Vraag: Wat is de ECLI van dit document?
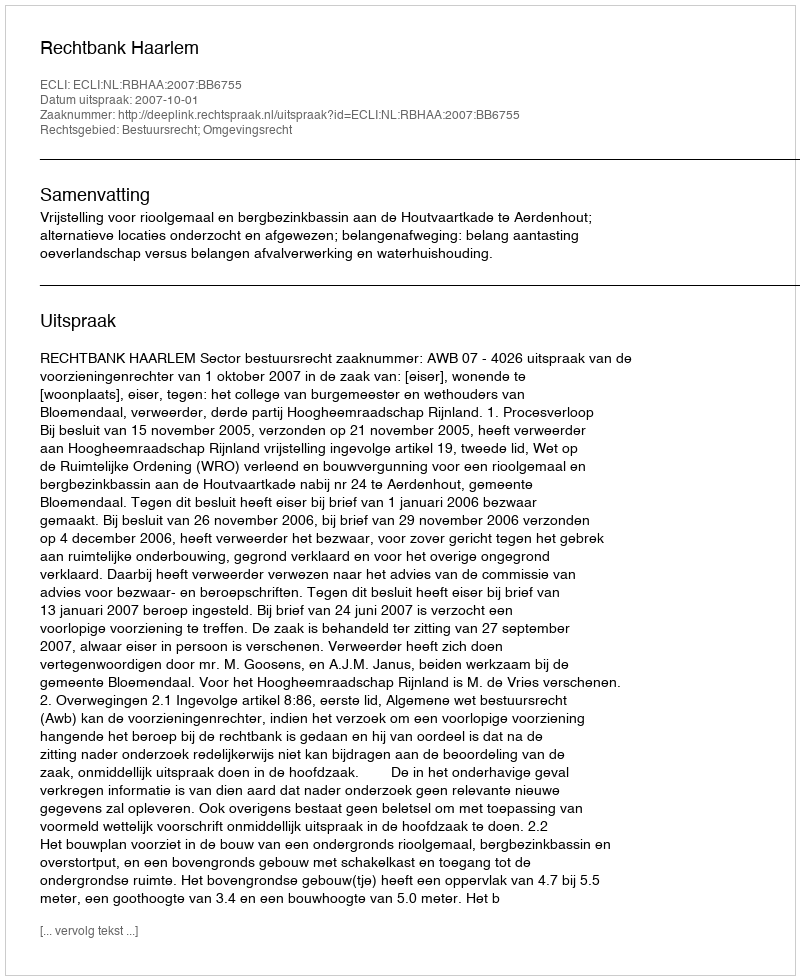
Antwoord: ECLI:NL:RBHAA:2007:BB6755